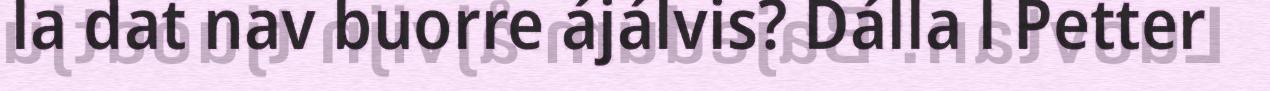
la dat nav buorre ájálvis? Dálla l Petter